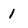
Character: 1